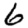
Digit: 6